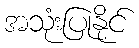
အသုံးပြုနိုင်